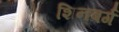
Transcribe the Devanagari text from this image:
शिनबर्ग